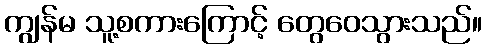
ကျွန်မ သူ့စကားကြောင့် တွေဝေသွားသည်။